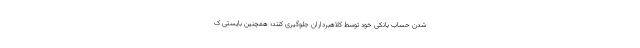
شدن حساب بانکی خود توسط کلاهبرداران جلوگیری کنند؛ همچنین بایستی ک